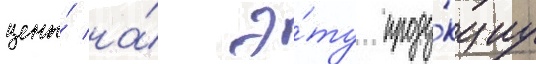
цены́ на́ э́ту проду́кциу